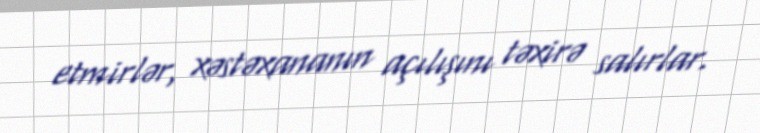
etmirlər, xəstəxananın açılışını təxirə salırlar.